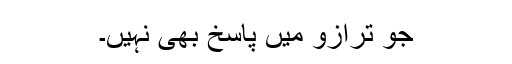
جو ترازو میں پاسخ بھی نہیں۔